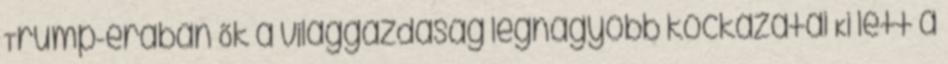
Trump-érában Ők a világgazdaság legnagyobb kockázatai Ki lett a